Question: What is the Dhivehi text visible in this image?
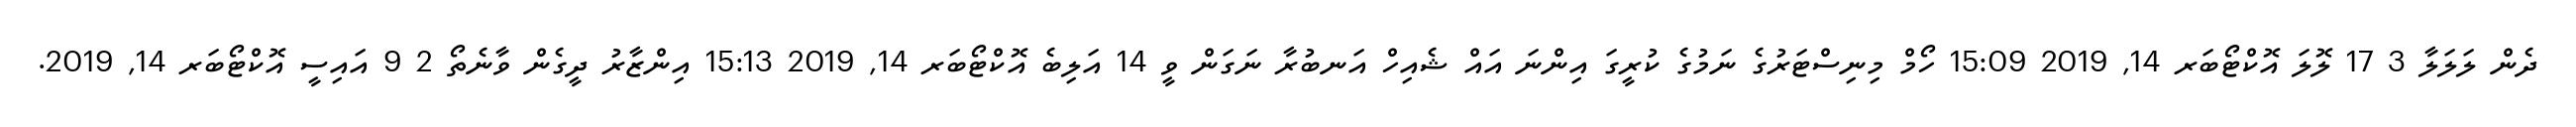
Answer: ދެން ލަލަލާ 3 17 ލޮލަ އޮކްޓޯބަރ 14, 2019 15:09 ހޯމް މިނިސްޓަރުގެ ނަމުގެ ކުރީގަ އިންނަ އައް ޝެއިހް އަނބުރާ ނަގަން ވީ 14 އަލިބެ އޮކްޓޯބަރ 14, 2019 15:13 އިންޒާރު ދީގެން ވާނެތޯ 2 9 އައިސީ އޮކްޓޯބަރ 14, 2019.